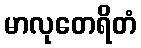
မာလုတေရိတံ